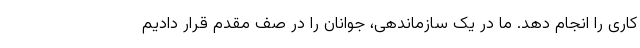
کاری را انجام دهد. ما در یک سازماندهی، جوانان را در صف مقدم قرار دادیم